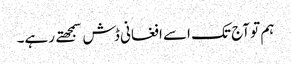
ہم تو آج تک اسے افغانی ڈش سمجهتے رہے۔